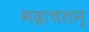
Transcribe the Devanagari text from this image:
भद्राचलम्‌